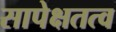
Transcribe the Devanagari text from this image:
सापेक्षतत्व